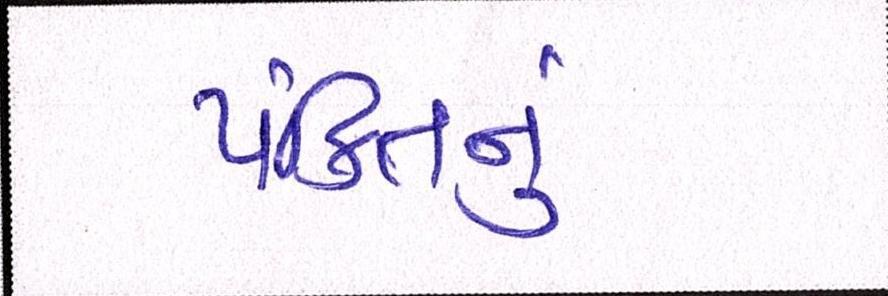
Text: પંક્તિનું